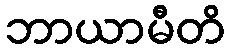
ဘာယာမီတိ